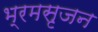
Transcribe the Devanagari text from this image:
भ्रमसृजन